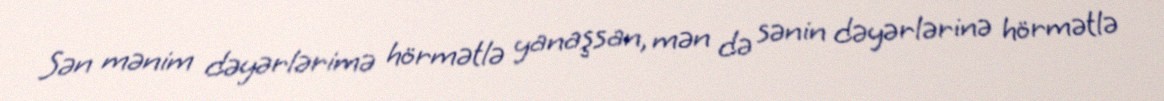
Sən mənim dəyərlərimə hörmətlə yanaşsan, mən də sənin dəyərlərinə hörmətlə